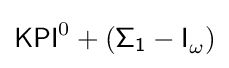
{\mathsf {KPI}}^{0}+({\mathsf {\Sigma _{1}-I}}_{\omega })